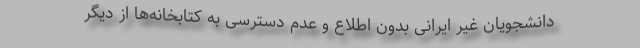
دانشجویان غیر ایرانی بدون اطلاع و عدم دسترسی به کتابخانه‌ها از دیگر